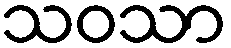
သဝသာ